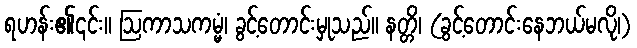
ရဟန်း၏၎င်း။ ဩကာသကမ္မံ၊ ခွင့်တောင်းမှုသည်။ နတ္တိ၊ (ခွင့်တောင်းနေဘယ်မလို၊)